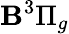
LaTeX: \mathbf{B}^{3}\Pi_{g}